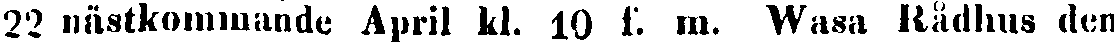
22 nästkommande April kl. 10 f. m. Wasa Rådhus den